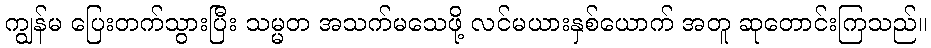
ကျွန်မ ပြေးတက်သွားပြီး သမ္မတ အသက်မသေဖို့ လင်မယားနှစ်ယောက် အတူ ဆုတောင်းကြသည်။